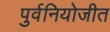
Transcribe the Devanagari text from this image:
पुर्वनियोजीत